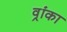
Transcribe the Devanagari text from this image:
व्रांका